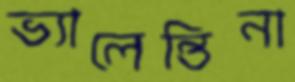
ভ্যালেন্তিনা